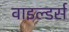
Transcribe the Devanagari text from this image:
वाइल्डर्स